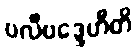
ဗလီဗဒ္ဒေဟီတိ